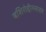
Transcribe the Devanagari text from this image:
बशिरोद्दीनसाहब